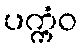
ပက္ကံဝ